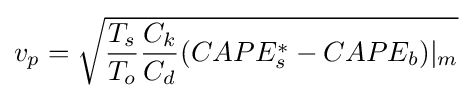
v_{p}={\sqrt {{\frac {T_{s}}{T_{o}}}{\frac {C_{k}}{C_{d}}}(CAPE_{s}^{*}-CAPE_{b})|_{m}}}